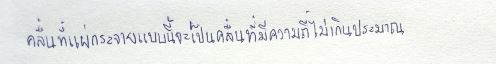
คลื่นที่แผ่กระจายแบบนี้จะเป็นคลื่นที่มีความถี่ไม่เกินประมาณ